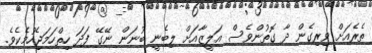
ތެރެއަށް ވިރިގެން ދާ ގޮތުންވެސް އަލީޒާއަށް ލިބެނީ ބުނަން ނޭގޭ ފަދަ ހިތްހަމަޖެހުމެކެވެ.